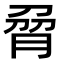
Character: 脋